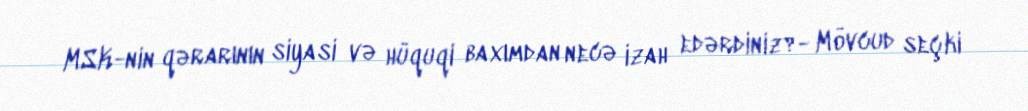
MSK-nin qərarının siyasi və hüquqi baxımdan necə izah edərdiniz?- Mövcud seçki